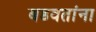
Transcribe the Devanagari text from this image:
बडवतांना